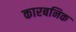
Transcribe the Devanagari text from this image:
कारबनिक